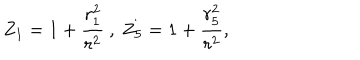
Z _ { 1 } = 1 + \frac { r _ { 1 } ^ { 2 } } { r ^ { 2 } } \ , \ Z _ { 5 } = 1 + \frac { r _ { 5 } ^ { 2 } } { r ^ { 2 } } ,